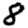
Digit: 8